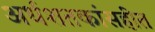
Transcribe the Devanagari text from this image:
अर्धशतकांसहीत